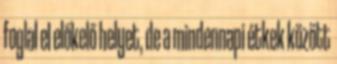
foglal el előkelő helyet, de a mindennapi étkek között